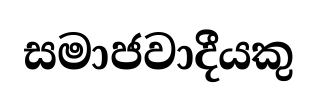
සමාජවාදීයකු